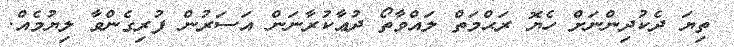
ތިޔަ ދެކުދިންނަށް ހެޔޮ ރަޙްމަތް ލައްވާތޯ ދުޢާކުރާނަން އަސަރުން ފުރިގެންވާ ލިޔުމެއް.